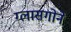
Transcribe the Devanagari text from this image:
ग्लासगोने